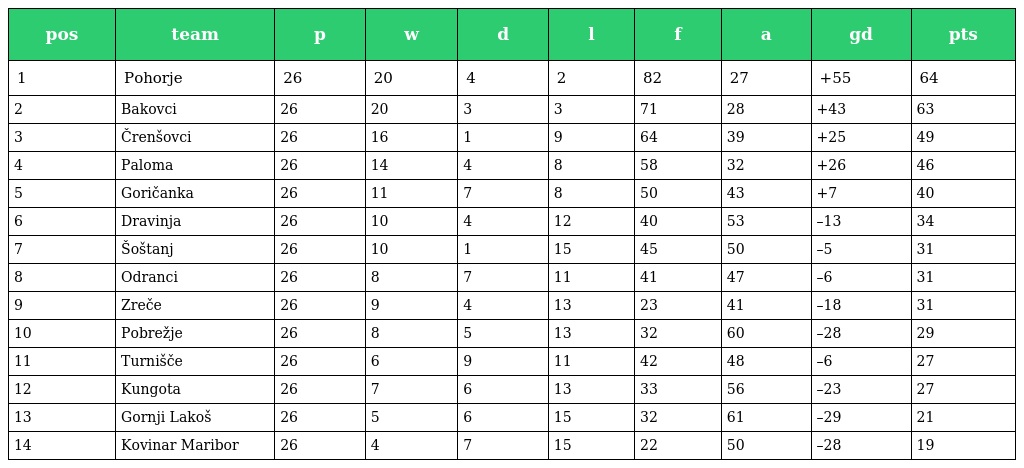
| pos | team | p | w | d | l | f | a | gd | pts |
 | --- | --- | --- | --- | --- | --- | --- | --- | --- | --- |
 | 1 | Pohorje | 26 | 20 | 4 | 2 | 82 | 27 | +55 | 64 |
 | 2 | Bakovci | 26 | 20 | 3 | 3 | 71 | 28 | +43 | 63 |
 | 3 | Črenšovci | 26 | 16 | 1 | 9 | 64 | 39 | +25 | 49 |
 | 4 | Paloma | 26 | 14 | 4 | 8 | 58 | 32 | +26 | 46 |
 | 5 | Goričanka | 26 | 11 | 7 | 8 | 50 | 43 | +7 | 40 |
 | 6 | Dravinja | 26 | 10 | 4 | 12 | 40 | 53 | –13 | 34 |
 | 7 | Šoštanj | 26 | 10 | 1 | 15 | 45 | 50 | –5 | 31 |
 | 8 | Odranci | 26 | 8 | 7 | 11 | 41 | 47 | –6 | 31 |
 | 9 | Zreče | 26 | 9 | 4 | 13 | 23 | 41 | –18 | 31 |
 | 10 | Pobrežje | 26 | 8 | 5 | 13 | 32 | 60 | –28 | 29 |
 | 11 | Turnišče | 26 | 6 | 9 | 11 | 42 | 48 | –6 | 27 |
 | 12 | Kungota | 26 | 7 | 6 | 13 | 33 | 56 | –23 | 27 |
 | 13 | Gornji Lakoš | 26 | 5 | 6 | 15 | 32 | 61 | –29 | 21 |
 | 14 | Kovinar Maribor | 26 | 4 | 7 | 15 | 22 | 50 | –28 | 19 |